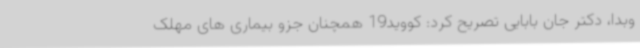
وبدا، دکتر جان بابایی تصریح کرد: کووید19 همچنان جزو بیماری های مهلک